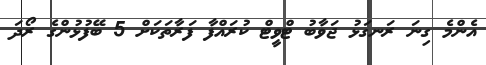
އެންމެ ގިނަ ރަނގަޅު ޖަވާބު ޓްވީޓް ކުރައްފާ ފަރާތަކަށް 5 ބޭފުޅުންގެ ރޯދަ